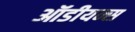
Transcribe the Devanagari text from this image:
ऑडीयन्स